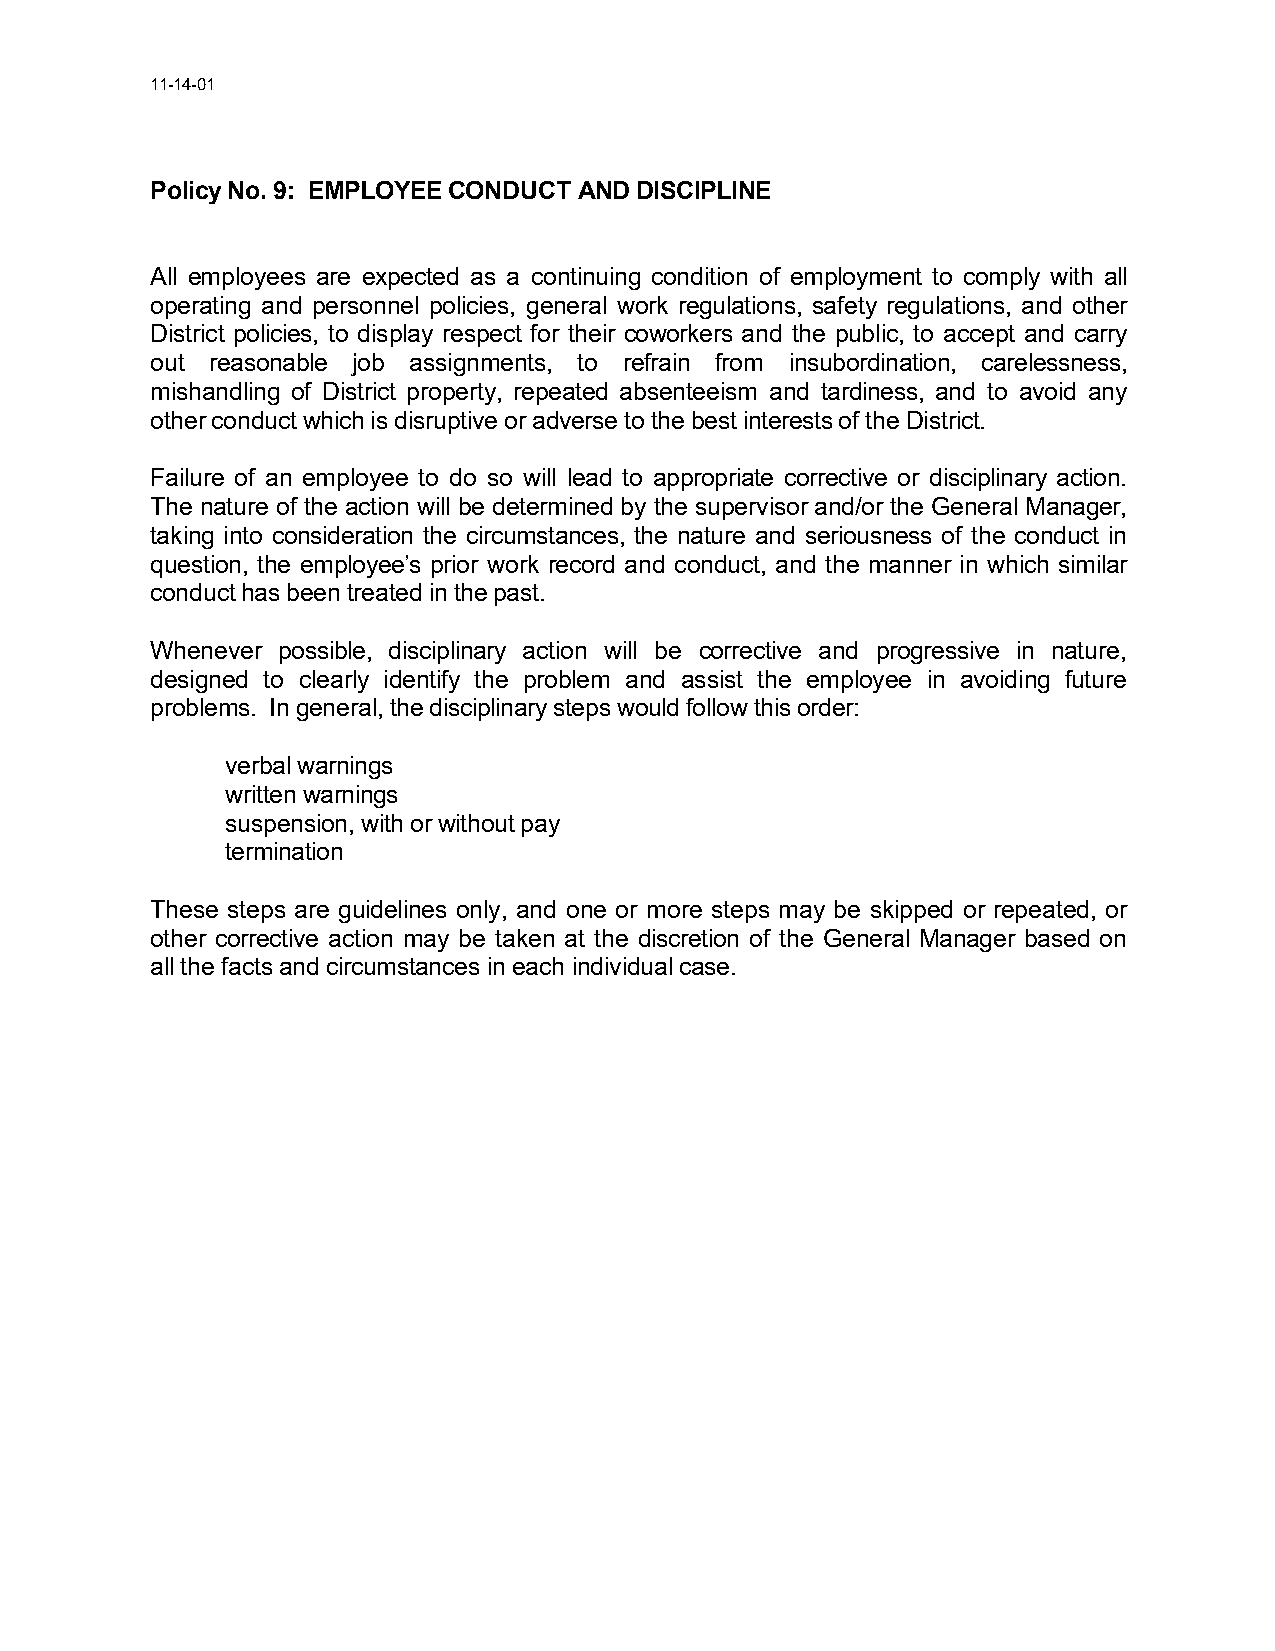
11-14-01
 Policy No. 9: EMPLOYEE CONDUCT AND DISCIPLINE
 All employees are expected as a continuing condition of employment to comply with all
 operating and personnel policies, general work regulations, safety regulations, and other
 District policies, to display respect for their coworkers and the public, to accept and carry
 out reasonable job assignments, to refrain from insubordination, carelessness,
 mishandling of District property, repeated absenteeism and tardiness, and to avoid any
 other conduct which is disruptive or adverse to the best interests of the District.
 Failure of an employee to do so will lead to appropriate corrective or disciplinary action.
 The nature of the action will be determined by the supervisor and/or the General Manager,
 taking into consideration the circumstances, the nature and seriousness of the conduct in
 question, the employee’s prior work record and conduct, and the manner in which similar
 conduct has been treated in the past.
 Whenever possible, disciplinary action will be corrective and progressive in nature,
 designed to clearly identify the problem and assist the employee in avoiding future
 problems. In general, the disciplinary steps would follow this order:
 verbal warnings
 written warnings
 suspension, with or without pay
 termination
 These steps are guidelines only, and one or more steps may be skipped or repeated, or
 other corrective action may be taken at the discretion of the General Manager based on
 all the facts and circumstances in each individual case.